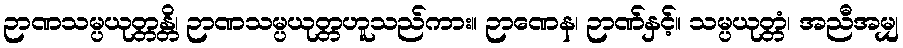
ဉာဏသမ္ပယုတ္တန္တိ၊ ဉာဏသမ္ပယုတ္တဟူသည်ကား။ ဉာဏေန၊ ဉာဏ်နှင့်။ သမ္ပယုတ္တံ၊ အညီအမျှ